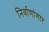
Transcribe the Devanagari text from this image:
निर्वाणांगार